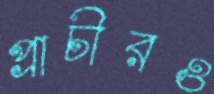
প্রাচীরও